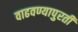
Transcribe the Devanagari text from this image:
वाढवण्यापुरती